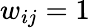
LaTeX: w_{ij}=1